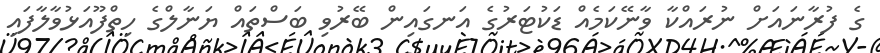
ގެ ފުރާނައަށް ނުރައްކާ ވާނޭކަމެއް ޑަކުޓަރުގެ އަނގައިން ބޭރުވި ބަސްތައް ޔަނާލްގެ ހިތްފޫއަޅުވާލާފައި